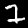
Digit: 7